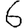
Digit: 6